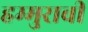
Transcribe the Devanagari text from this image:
हम्मुरावी